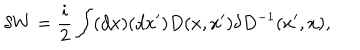
\delta W = { \frac { i } { 2 } } \int ( d x ) ( d x ^ { \prime } ) D ( x , x ^ { \prime } ) \delta D ^ { - 1 } ( x ^ { \prime } , x ) ,